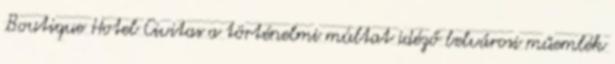
Boutique Hotel Civitas a történelmi múltat idéző belvárosi műemlék